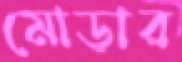
মোড়ার